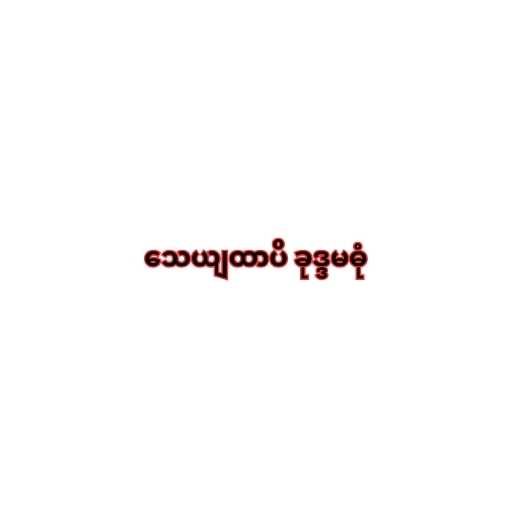
သေယျထာပိ ခုဒ္ဒမဓုံ